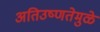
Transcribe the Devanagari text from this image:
अतिउष्णतेमुळे